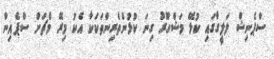
ސްޕެނިޝް ލަލީގާގައި ކުޅޭ މަޝްހޫރު ގިނަ ކުޅުންތެރިންތަކަކާ އެކު މިރޭ މެޗަށް ސްޕެއިން